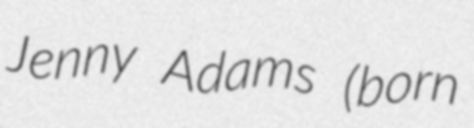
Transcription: Jenny Adams (born